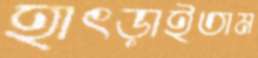
হাৎড়াইতাম